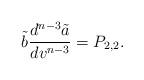
LaTeX: \begin{align*} \tilde{b}\frac{d^{n-3}\tilde{a}}{dv^{n-3}}=P_{2,2}.\end{align*}